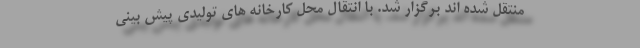
منتقل شده اند برگزار شد. با انتقال محل کارخانه های تولیدی پیش بینی